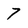
Character: 7